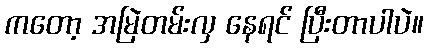
ကတော့ အမြဲတမ်းလှ နေရင် ပြီးတာပါပဲ။